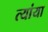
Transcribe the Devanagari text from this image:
त्यांया